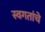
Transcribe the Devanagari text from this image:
स्वगतांचे